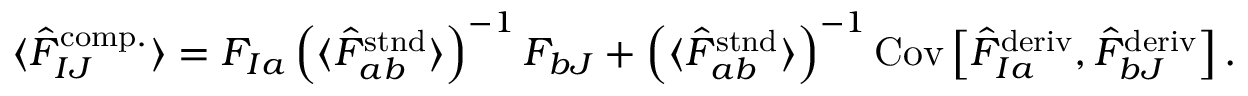
\begin{array} { r } { \langle \hat { F } _ { I J } ^ { \mathrm { c o m p . } } \rangle = F _ { I a } \left( \langle \hat { F } _ { a b } ^ { \mathrm { s t n d } } \rangle \right) ^ { - 1 } F _ { b J } + \left( \langle \hat { F } _ { a b } ^ { \mathrm { s t n d } } \rangle \right) ^ { - 1 } \mathrm { C o v } \left[ \hat { F } _ { I a } ^ { \mathrm { d e r i v } } , \hat { F } _ { b J } ^ { \mathrm { d e r i v } } \right] . } \end{array}